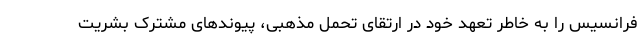
فرانسیس را به خاطر تعهد خود در ارتقای تحمل مذهبی، پیوندهای مشترک بشریت